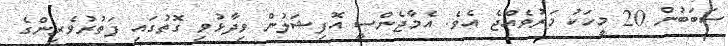
ސަބަބުން 20 މީހަކު މަރުވެއްޖެ އެވެ. އެމާޖެންސީ އޮފިޝަލުން ވިދާޅުވި ގޮތުގައި ފަތުރުވެރިންގެ